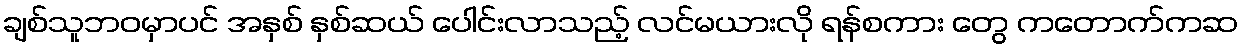
ချစ်သူဘဝမှာပင် အနှစ် နှစ်ဆယ် ပေါင်းလာသည့် လင်မယားလို ရန်စကား တွေ ကတောက်ကဆ